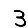
Digit: 3